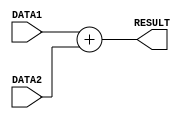
/*
E/16/070
DE SILVA N.S.C.K.S.
LAB05 PART3 - adder
*/

`timescale 1ns/100ps

// module adder 
// one input port for adder has fixed to value 4 
// out put is the addition of fixed value and input data
module adder(RESULT, DATA1, DATA2);
	input [31:0] DATA1, DATA2 ;	
	output reg [31:0] RESULT ;

	always @ (*)
	begin
	#2 RESULT = DATA1 + DATA2 ;
	end
endmodule




// create another adder module for calculate pc+4 value with a delay of 1 time unit
module pcadder(RESULT, DATA1, DATA2);
	input [31:0] DATA1, DATA2 ;	
	output reg [31:0] RESULT ;

	always @ (*)
	begin
	#1 RESULT = DATA1 + DATA2 ;
	end
endmodule